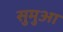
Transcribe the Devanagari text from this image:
सुमुआ